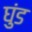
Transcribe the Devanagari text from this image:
घुंड